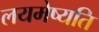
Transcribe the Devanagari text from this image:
लयमेष्यति